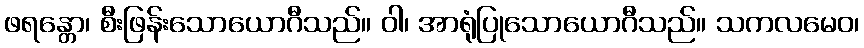
ဖရန္တော၊ စီးဖြန်းသောယောဂီသည်။ ဝါ၊ အာရုံပြုသောယောဂီသည်။ သကလမေဝ၊